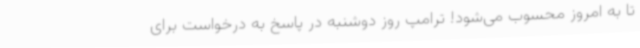
تا به امروز محسوب می‌شود! ترامپ روز دوشنبه در پاسخ به درخواست برای